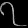
Digit: ၇